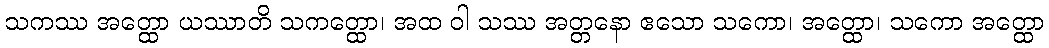
သကဿ အတ္ထော ယဿာတိ သကတ္ထော၊ အထ ဝါ သဿ အတ္တနော ဧသော သကော၊ အတ္ထော၊ သကော အတ္ထော